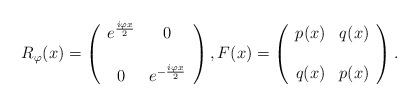
\begin{align*}R_{\varphi}(x) =\left(\begin{array}{cc}e^{\frac{i \varphi x}{2}} & 0 \\& \\0 & e^{-\frac{i \varphi x}{2}}\end{array}\right),{F(x) =\left(\begin{array}{cc}p(x) & q(x) \\& \\q(x) & p(x)\end{array}\right).}\end{align*}